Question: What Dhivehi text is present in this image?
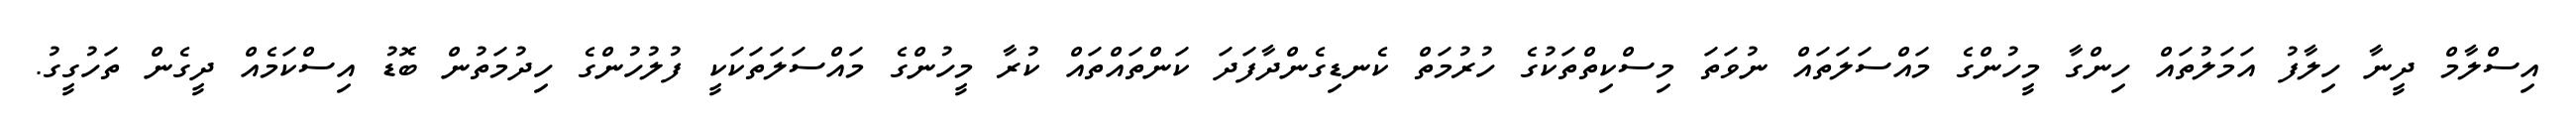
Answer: އިސްލާމް ދީނާ ހިލާފު އަމަލުތައް ހިންގާ މީހުންގެ މައްސަލަތައް ނުވަތަ މިސްކިތްތަކުގެ ހުރުމަތް ކެނޑިގެންދާފަދަ ކަންތައްތައް ކުރާ މީހުންގެ މައްސަލަތަކަކީ ފުލުހުންގެ ހިދުމަތުން ބޮޑު އިސްކަމެއް ދީގެން ތަހުގީގު.